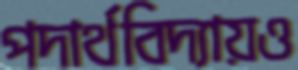
পদার্থবিদ্যায়ও